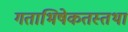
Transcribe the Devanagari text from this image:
गताभिषेकतस्तथा